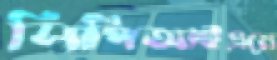
সিপিআইএমে